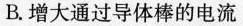
B.增大通过导体棒的电流